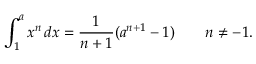
\int _ { 1 } ^ { a } x ^ { n } \, d x = { \frac { 1 } { n + 1 } } ( a ^ { n + 1 } - 1 ) \qquad n \neq - 1 .